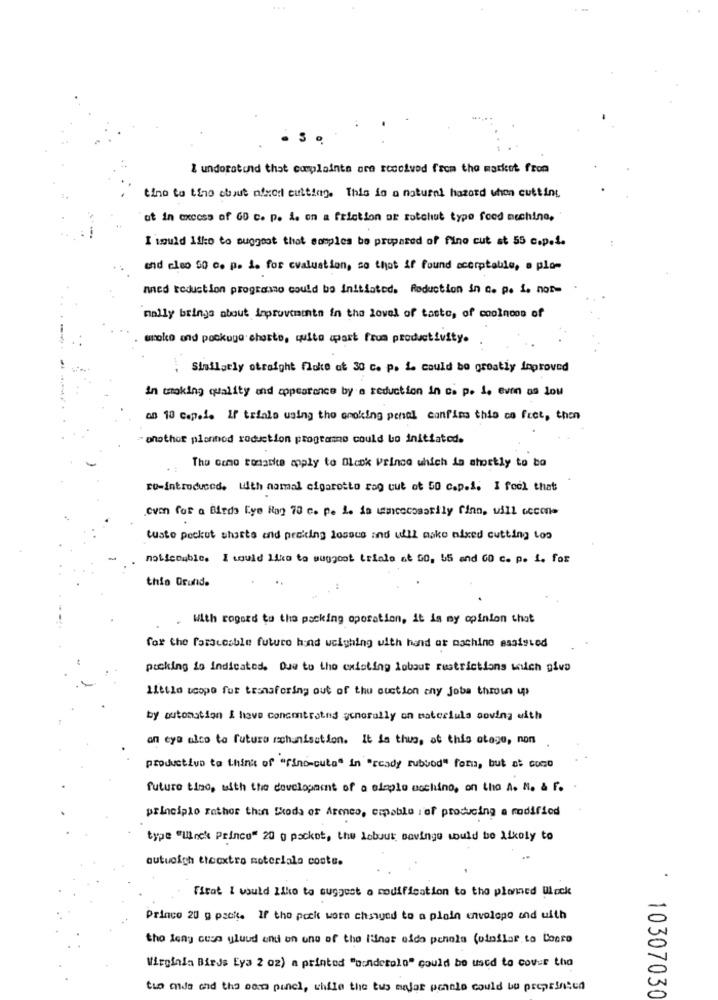
I undoratund that complainta ora received from the market from
tino to tino chaut ofxod cutting. This is a natural hazard when cutting
at in excess of GD c. p. 1. on a friction or rotchut type food machine,
I'muld Itko to suggest that somples bo prepared of fine cut st 55 c.p.1.
and also SO c. p. i. for evaluation, so that if found scorptable, a pla-
nned toduction programto could be initiated. Roduction in c. p. i. non-
mally brings about improveninin in the lovel of taste, of coolnoos of
unoko and packugo charte, quite apart from productivity.
Siailgely straight Flake at 30 c. p. i. could be greatly Loproved
in woking quality and appearance by a reduction in c. p. i. evon as lou
an 18 cepei. If triala using the groking penal canfind this co feet, then
= another planned reduction programs could be initiated.
.:
The Como Bonaria apply to Black Prince which is shortly to bo
ro-introduced. With nomal cigarotto rog out of 50 c.p.i. I feel that
.even for a Birds Eye Ran 70 c. p. 1. is umcocosarily finn, will cccon-
tusto peckut shorts and proking losocs and will make nixed cutting too
noticeable. I would like to suggoot triale af GO, 55 and GO c. p. 1. for
this Orund.
. With rogord to the packing oporation, it is my opinion that
for the farsicable futuro hond weighing with hand of machine assisted
picking io Indicated. Due to the existing lobout restrictions wich give
Littla ucopo for transfering out of the custion any Joba throun up
by automation I have concentrated generally on mateclula soving with
an eya alco to futuro rohunisation. It la thus, at this otage, non
productivo to think of "fino-cuta" in "ready rubbod" for, but at coco
futuro tino, with the development of a simple nothing, on the A. M. & F.
principio rather than Skoda of Arenco, cmpable :of producing a modified
type "lllock Prince" 20 g packot, the lobuut savinge would be likely to
autuoigh ttocxtro moterlala costa.
.
firat I would like to suggest a modification to the planned Ulock
Prince 20 g pacię. If the pock wore changed to a plein envelope and with
tho leny cuss uluud and on one of the l'iner eido penela (oinflar to Conro
Virginia Birds Eya 2 oz) a printed "bondetolo" could be used to cover tha
tuo made and the same panel, while the tus majar penale could be preprinted
10307030